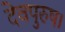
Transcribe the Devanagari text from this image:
देवपुरुष।